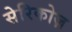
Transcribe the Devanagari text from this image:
सेरिकोज़